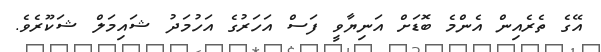
އޭގެ ތެރެއިން އެންމެ ބޮޑަށް އަނިޔާވީ ފަސް އަހަރުގެ އަހުމަދު ޝައިމަލް ޝަކޫރެވެ.